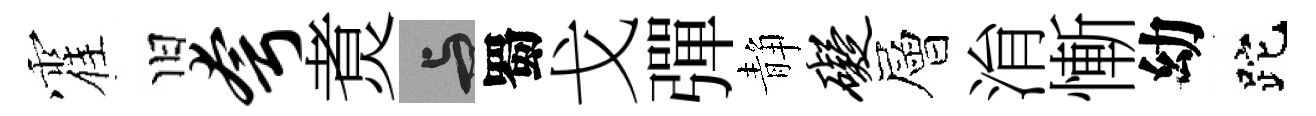
霍旧夸煑与蜀戈彈静碍層㳙慚幼跎